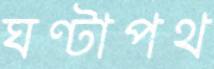
ঘণ্টাপথ